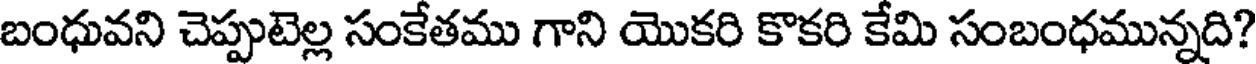
బంధువని చెప్పుటెల్ల సంకేతము గాని యొకరి కొకరి కేమి సంబంధమున్నది?